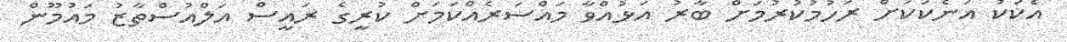
އެކަކު އަނެކަކަށް ރަހުމުކުރުމަށް ބާރު އަޅުއްވާ މައްސަރެއްކަމަށް ކުރީގެ ރައީސް އަލްއުސްތާޒު މައުމޫން